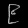
Digit: ၉